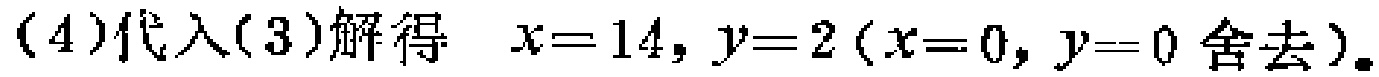
$(4)代入(3)解得\quad x = 14, y = 2(x = 0, y = 0舍去)。$